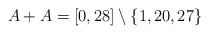
LaTeX: \begin{align*}A+A = [0,28] \setminus \{1,20,27\}\end{align*}